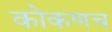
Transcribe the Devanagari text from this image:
कोकणच